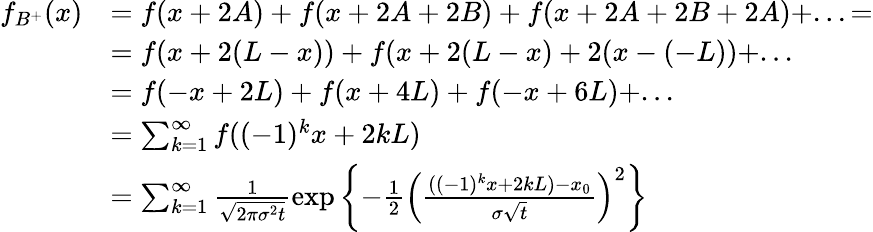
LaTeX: \begin{array}{rl}{f_{B^{+}}(x)}&{=f(x+2A)+f(x+2A+2B)+f(x+2A+2B+2A)+...=}\\ &{=f(x+2(L-x))+f(x+2(L-x)+2(x-(-L))+...}\\ &{=f(-x+2L)+f(x+4L)+f(-x+6L)+...}\\ &{=\sum_{k=1}^{\infty}f((-1)^{k}x+2kL)}\\ &{=\sum_{k=1}^{\infty}\frac{1}{\sqrt{2\pi\sigma^{2}t}}\exp\left\lbrace-\frac{1}{2}\left(\frac{((-1)^{k}x+2kL)-x_{0}}{\sigma\sqrt{t}}\right)^{2}\right\rbrace}\end{array}